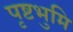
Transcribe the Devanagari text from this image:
पृष्टभुमि